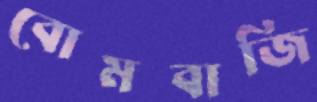
বোমবাজি